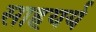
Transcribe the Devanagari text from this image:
साहयर्य